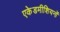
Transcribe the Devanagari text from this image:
एकेडमीशियनों